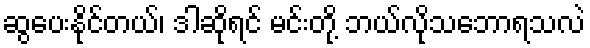
ဆွပေးနိုင်တယ်၊ ဒါဆိုရင် မင်းတို့ ဘယ်လိုသဘောရသလဲ